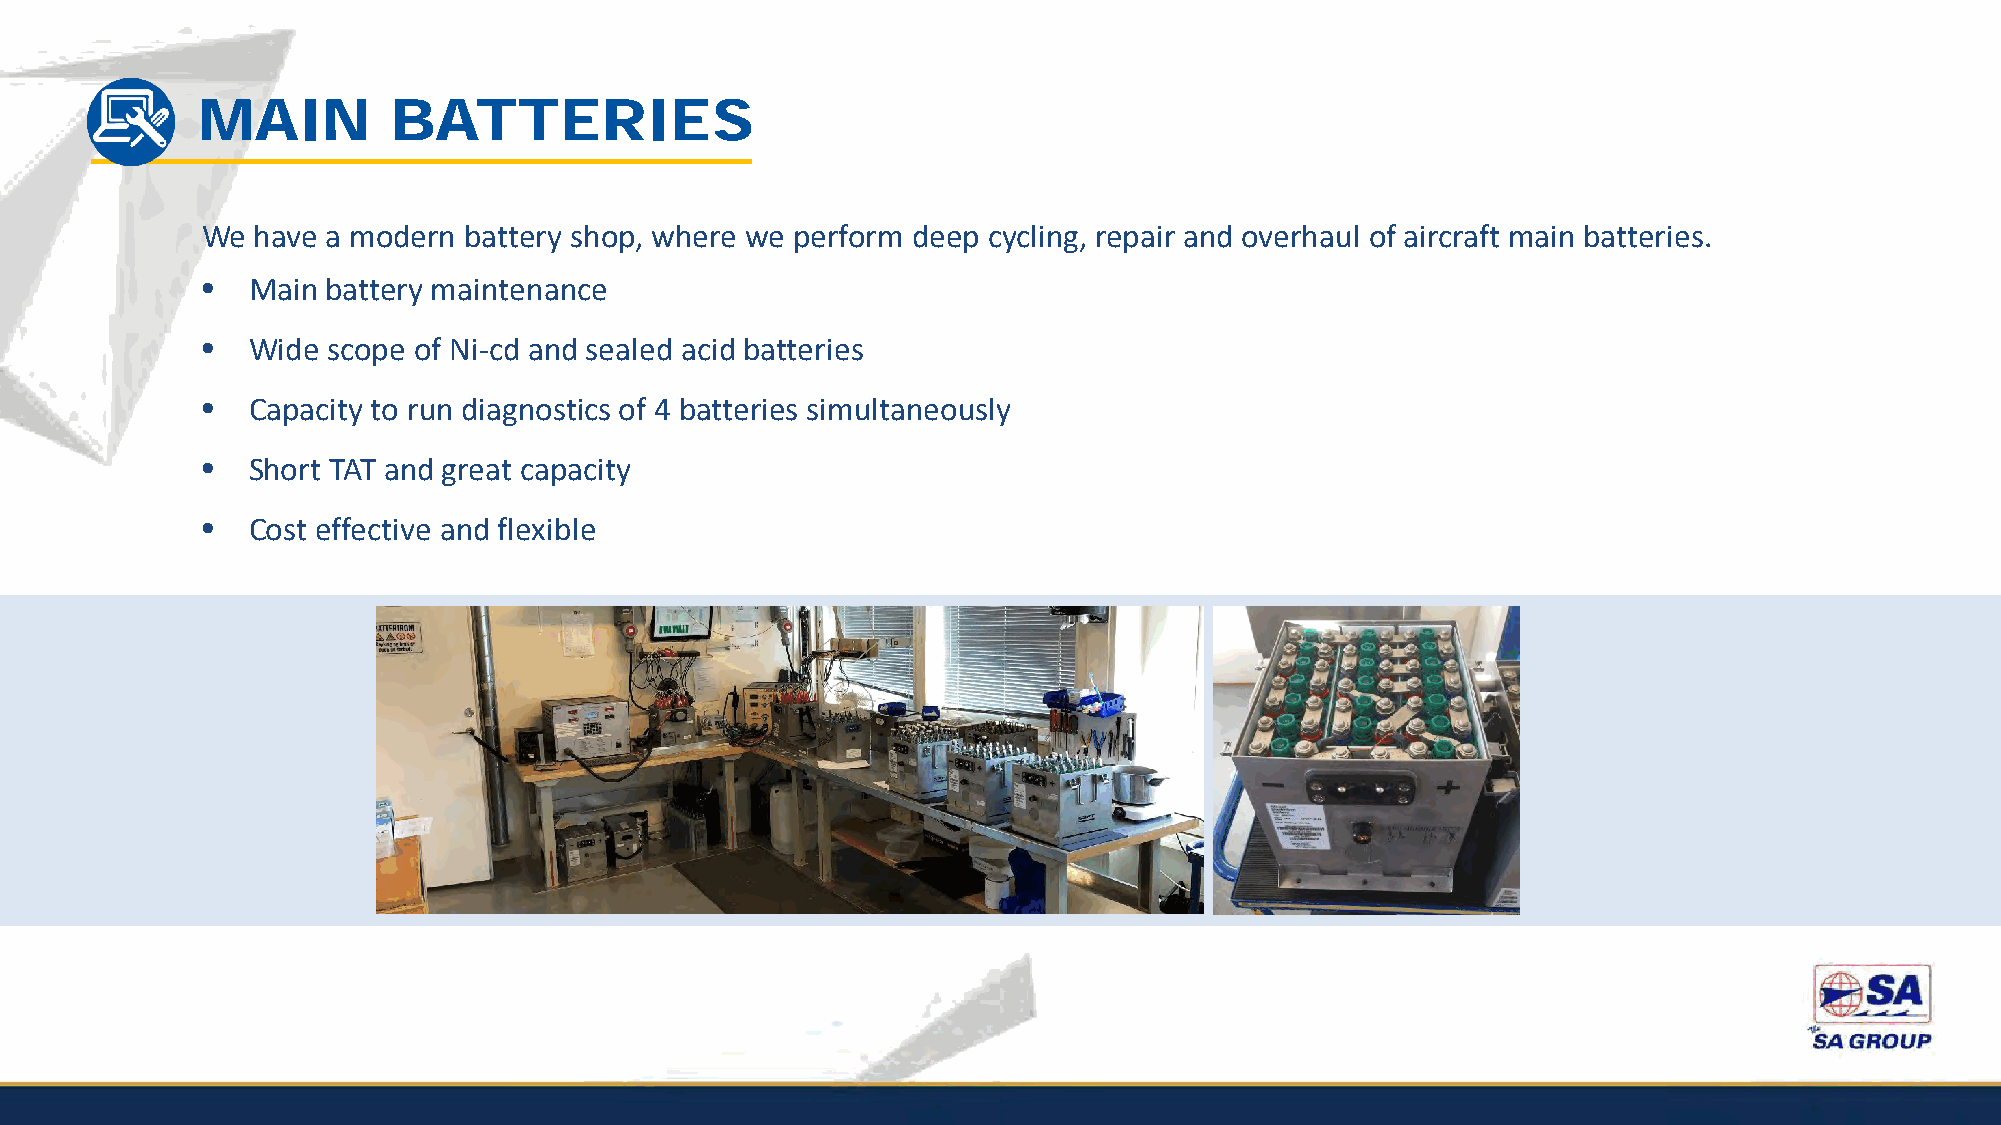
MAIN         BATTERIES
 We  have a modern battery shop, where we perform deep cycling, repair and overhaul of aircraft main batteries.
 •  Main  battery maintenance
 •  Wide  scope of Ni-cd and sealed acid batteries
 •  Capacity to run diagnostics of 4 batteries simultaneously
 •  Short TAT and great capacity
 •  Cost effective and flexible